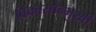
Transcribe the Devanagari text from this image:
विकासोन्मुखी